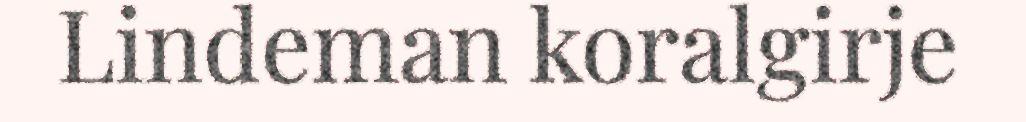
Lindeman koralgirje